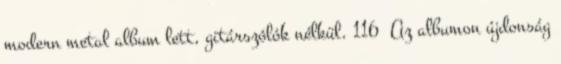
modern metal album lett, gitárszólók nélkül. 116 Az albumon újdonság